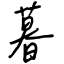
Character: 暮